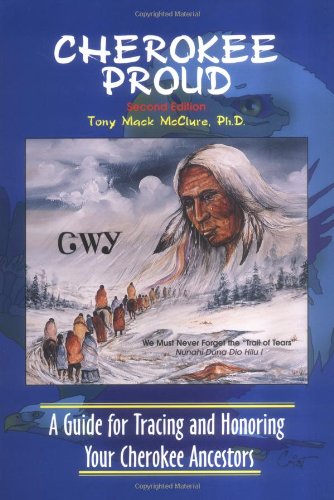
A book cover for Cherokee Proud: A Guide for Tracing and Honoring Your Cherokee Ancestors, Second Edition; Tony Mack McClure; Reference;